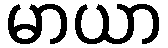
မာယာ